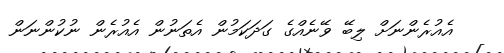
އެއުރެންނަށް ލިބޭ ވޭނެއްގެ ގަދަކަމުން އެތަނުން އެއުރެން ނުކުންނަން